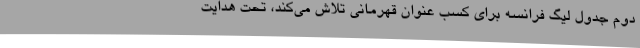
دوم جدول لیگ فرانسه برای کسب عنوان قهرمانی تلاش می‌کند، تحت هدایت